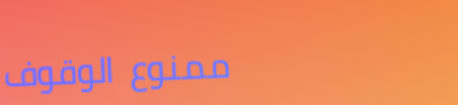
ممنوع الوقوف